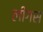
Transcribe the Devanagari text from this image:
लीगस